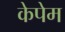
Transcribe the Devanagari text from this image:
केपेम